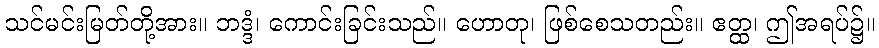
သင်မင်းမြတ်တို့အား။ ဘဒ္ဒံ၊ ကောင်းခြင်းသည်။ ဟောတု၊ ဖြစ်စေသတည်း။ ဧတ္ထ၊ ဤအရပ်၌။